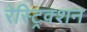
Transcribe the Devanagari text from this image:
रेस्ट्रिक्शन